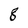
Character: 8